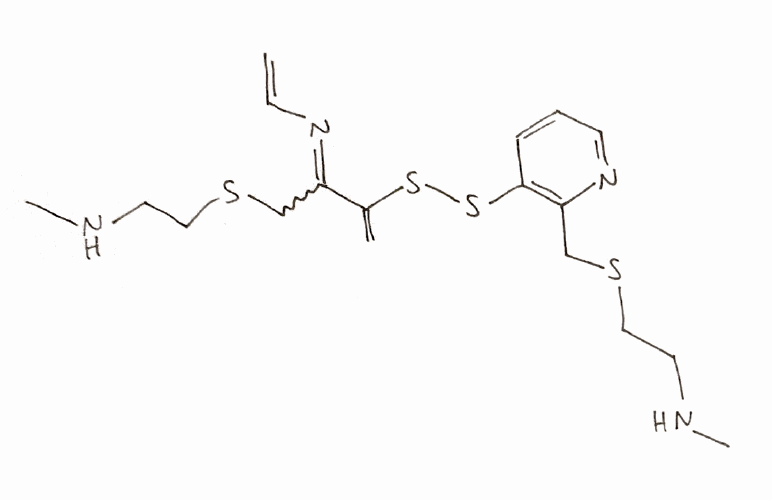
Simplified molecular-input line-entry system (SMILES) notation of the given molecule:
CNCCSCC1=C(C=CC=N1)SSC(=C)C(=NC=C)CSCCNC